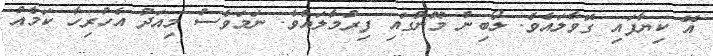
އޭ ކިޔާފައި ގޮވާލައެވެ. ލޯބިން މޫނުގައި ފިރުމާލައެވެ. ނަމަވެސް މިއަދު އެހުރިހާ ކަމެއް